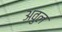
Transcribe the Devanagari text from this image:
अवुल